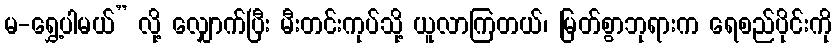
မ-ရွှေ့ပါမယ်” လို့ လျှောက်ပြီး မီးတင်းကုပ်သို့ ယူလာကြတယ်၊ မြတ်စွာဘုရားက ရေစည်ပိုင်းကို